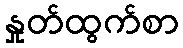
နှုတ်ထွက်စာ